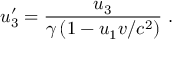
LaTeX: u _ { 3 } ^ { \prime } = { \frac { u _ { 3 } } { \gamma \left( 1 - u _ { 1 } v / c ^ { 2 } \right) } } \ .